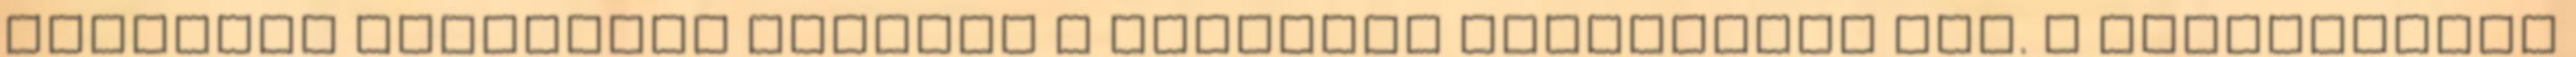
homokoló juttatott homokot a kapcsolt kerékpárok elé. A mozdonyokat